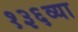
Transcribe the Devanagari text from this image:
१३६व्या